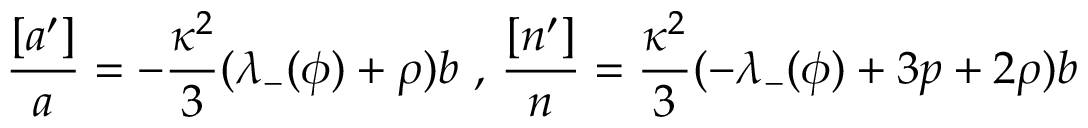
\frac { [ a ^ { \prime } ] } { a } = - \frac { \kappa ^ { 2 } } { 3 } ( \lambda _ { - } ( \phi ) + \rho ) b \mathrm { ~ , ~ } \frac { [ n ^ { \prime } ] } { n } = \frac { \kappa ^ { 2 } } { 3 } ( - \lambda _ { - } ( \phi ) + 3 p + 2 \rho ) b